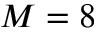
M = 8